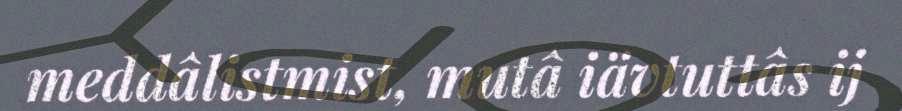
meddâlistmist, mutâ iävtuttâs ij